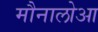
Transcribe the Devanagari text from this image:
मौनालोआ